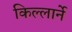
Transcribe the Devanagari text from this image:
किल्लार्ने